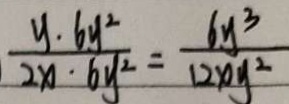
\frac { y \cdot 6 y ^ { 2 } } { 2 x \cdot 6 y ^ { 2 } } = \frac { 6 y ^ { 3 } } { 1 2 x y ^ { 2 } }